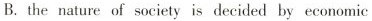
B. the nature of society is decided by economic